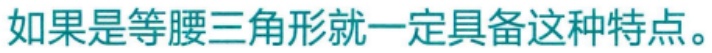
如果是等腰三角形就一定具备这种特点。